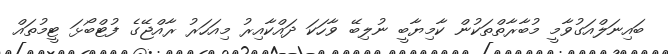
ބައިނަލްއަގުވާމީ މުބާރާތްތަކުން ކާމިޔާބީ ނުލިބޭ ވާހަކަ ދައްކާއިރު މިއަހަރު ރާއްޖޭގެ ފުޓްބޯޅަ ޓީމުތައް